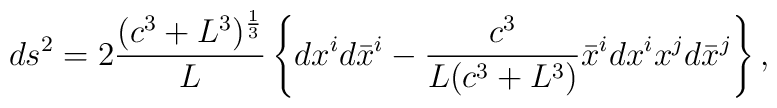
ds^2 = 2\frac{(c^3+L^3)^{\frac13}}L\left\{dx^id\bar x^i  -\frac{c^3}{L(c^3+L^3)}\bar x^idx^i x^jd\bar x^j\right\},